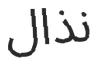
نذال